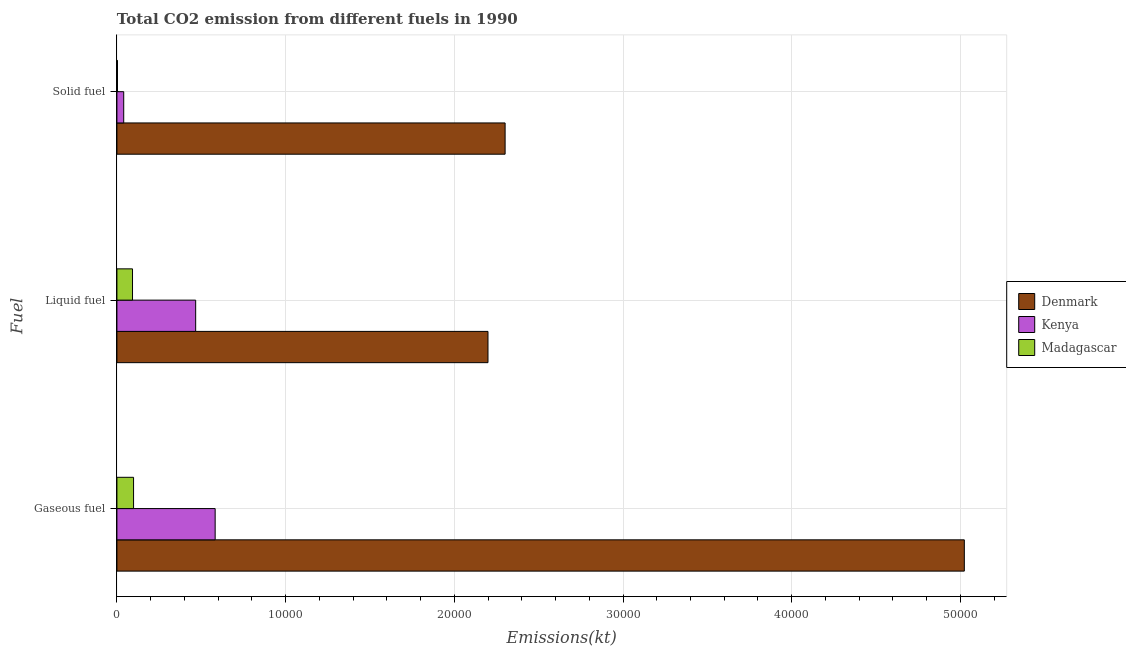
| Fuel | Denmark | Kenya | Madagascar |
 | --- | --- | --- | --- |
 | Gaseous fuel | 5.02e+04 | 5.82e+03 | 986 |
 | Liquid fuel | 2.2e+04 | 4.67e+03 | 924 |
 | Solid fuel | 2.3e+04 | 403 | 33 |